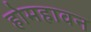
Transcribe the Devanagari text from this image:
होमहावन